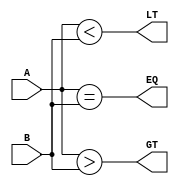
`timescale 1ns / 1ps
//////////////////////////////////////////////////////////////////////////////////
// Company: 
// Engineer: 
// 
// Design Name: 
// Module Name: compare
// Project Name: 
// Target Devices: 
// Tool Versions: 
// Description: 
// 
// Dependencies: 
// 
// Revision:
// Revision 0.01 - File Created
// Additional Comments:
// 
//////////////////////////////////////////////////////////////////////////////////


module compare(
   input [15:0] A,
    input [15:0]B,
    output LT,
    output EQ,
    output GT
    );
    assign LT = (A<B);
    assign EQ = (A==B);
    assign GT = (A>B);
endmodule